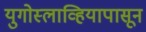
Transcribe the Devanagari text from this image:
युगोस्लाव्हियापासून